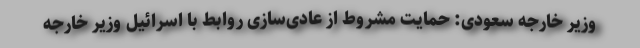
وزیر خارجه سعودی: حمایت مشروط از عادی‌سازی روابط با اسرائیل وزیر خارجه